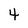
Character: 4